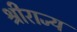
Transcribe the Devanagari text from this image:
श्रीराज्य